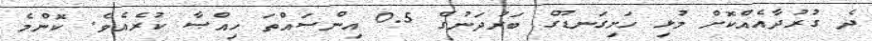
ދެ ގުރުދާއެއްކޮށް މުޅި ހަށިގަނޑޫގެ ބަރުދަނުގެ 0.5 އިންސައްތަ ހިއްޞާ ކުރެއެވެ. ކޮންމެ